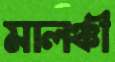
মালঞ্চী